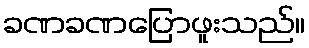
ခဏခဏပြောဖူးသည်။